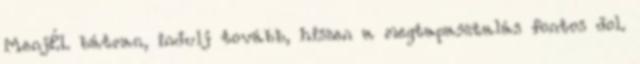
MenjÉL bátran, indulj tovább, hiszen a megtapasztalás fontos dol.